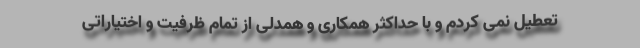
تعطیل نمی کردم و با حداکثر همکاری و همدلی از تمام ظرفیت و اختیاراتی